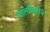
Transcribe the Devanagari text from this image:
बालविहीन